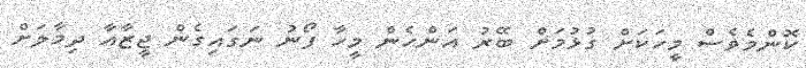
ކޮންމެވެސް މީހަކަށް ގުޅުމަށް ބޭރު އަންހެން މީހާ ފޯނު ނަގައިގެން ޖީޒާއާ ދިމާލަށް